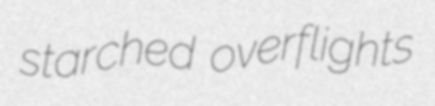
starched overflights